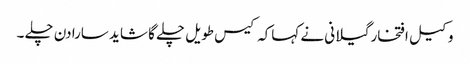
وکیل افتخار گیلانی نے کہاکہ کیس طویل چلے گا شاید سارا دن چلے ۔